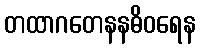
တထာဂတေနနဓိဝရေန